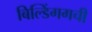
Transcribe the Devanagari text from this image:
बिल्डिंगगची